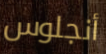
أنجلوس